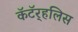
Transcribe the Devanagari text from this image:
कॅटॅर्‍हलिस